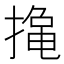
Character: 𮲑